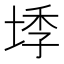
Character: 𭎰